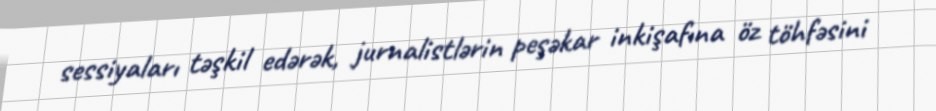
sessiyaları təşkil edərək, jurnalistlərin peşəkar inkişafına öz töhfəsini